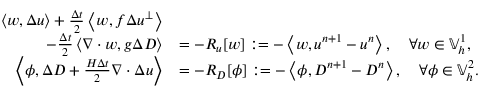
\begin{array} { r l } { \left\langle w , \Delta u \right\rangle + \frac { \Delta t } { 2 } \left\langle w , f \Delta u ^ { \perp } \right\rangle } & { } \\ { \qquad - \frac { \Delta t } { 2 } \left\langle \nabla \cdot w , g \Delta D \right\rangle } & { = - R _ { u } [ w ] : = - \left\langle w , u ^ { n + 1 } - u ^ { n } \right\rangle , \quad \forall w \in \mathbb { V } _ { h } ^ { 1 } , } \\ { \left\langle \phi , \Delta D + \frac { H \Delta t } { 2 } \nabla \cdot \Delta u \right\rangle } & { = - R _ { D } [ \phi ] : = - \left\langle \phi , D ^ { n + 1 } - D ^ { n } \right\rangle , \quad \forall \phi \in \mathbb { V } _ { h } ^ { 2 } . } \end{array}